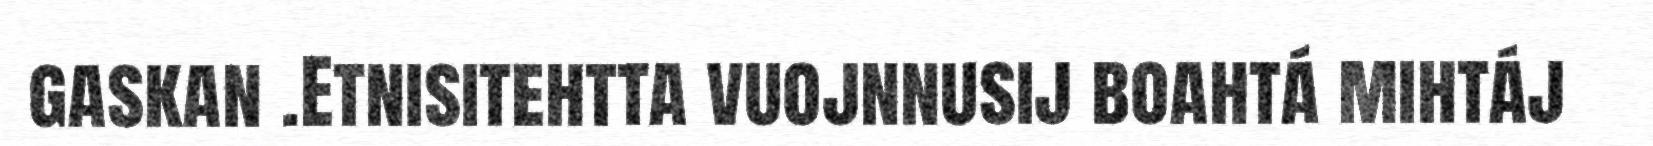
gaskan .Etnisitehtta vuojnnusij boahtá mihtáj